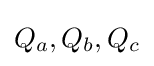
Q_{a},Q_{b},Q_{c}